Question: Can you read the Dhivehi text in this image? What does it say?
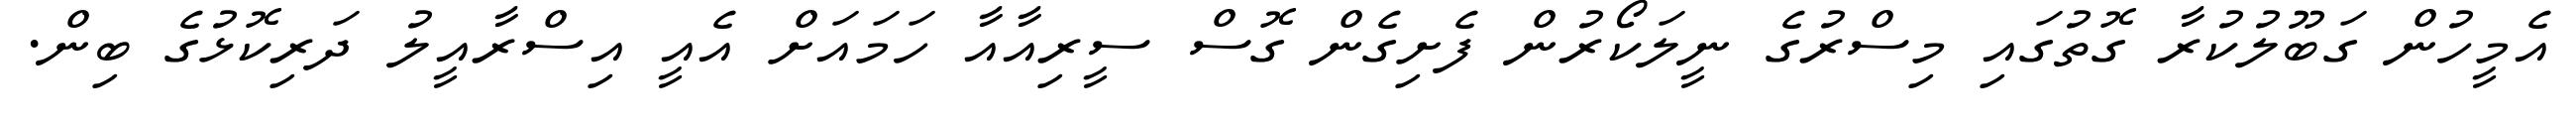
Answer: އެމީހުން ގަބޫލުކުރާ ގޮތުގައި މިސްރުގެ ނީލަކޯރުން ފެށިގެން ގޮސް ސީރިއާއާ ހަމައަށް އެއީ އިސްރާއީލު ދަރިކޮޅުގެ ބިން.